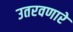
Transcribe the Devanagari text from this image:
उतरवणारे